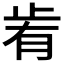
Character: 𣥯